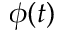
\phi ( t )